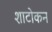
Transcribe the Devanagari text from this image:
शाटोकन